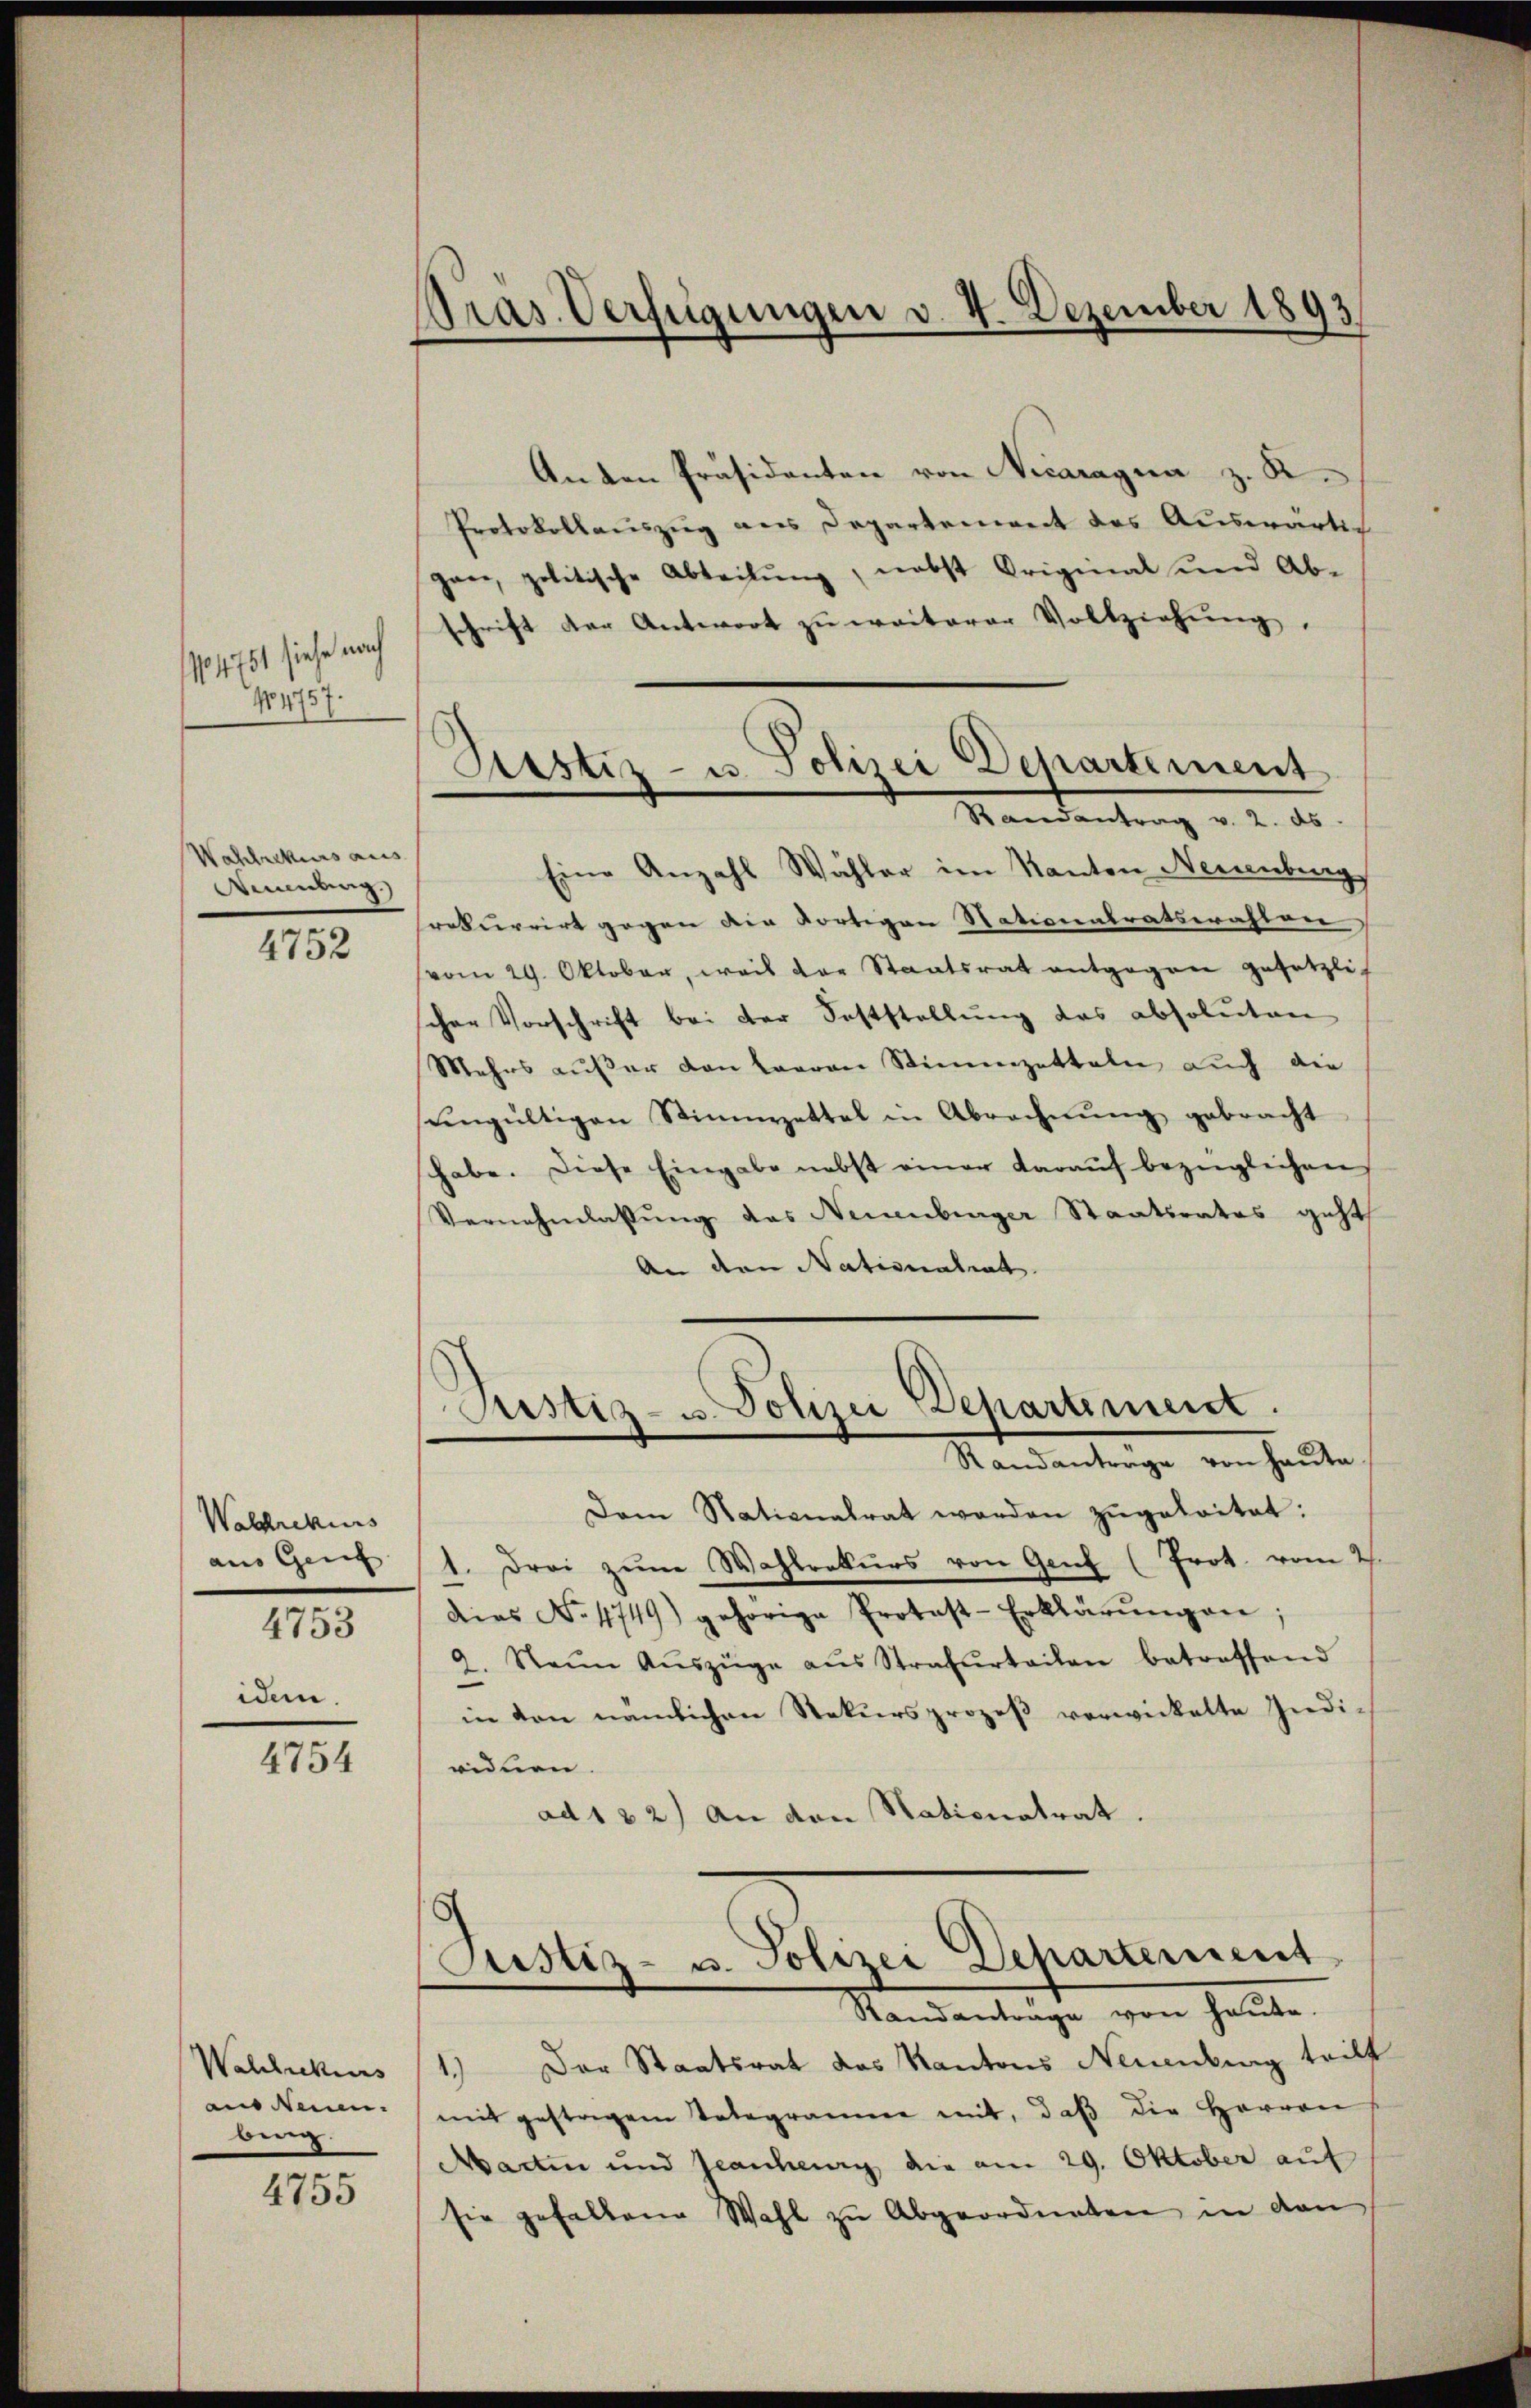
1101751 siehe nach
No 4757.

Wahlrekurs aus
Meinung.)

4752

Walchrekurs
aus Genf
4753

iden.

4754

Wahlrekurs
ain denen.
berg.
e

4755

Pras. Verfügungen v. 4. Dezember 1893

Anton Präsidenten von Nicaragua z. B.
Protokollauszug aus Departement des Auswärtig
gan, politische Abteilung, nebst Original und Ab-
schrift der Antwort zu weiterer Vollziehŭng.
Eine Anzahl Wähler im Kanton Neuenburg
rekurrirt gegen die dortigen Nationalratswahlen
(vom 29. Oktober, weis der Staatsrat entgegen gesetzlich
scher Vorschrift bei der Feststellung des absoluten
Mehrs außer von baaren Stimmzetteln auch die
ungültigen Stimmzettel in Abrechnŭng gebracht
habe. Diese Eingabe nebst einer daraŭf bezüglichen
Vernehmlassung das Neuenburger Staatsrates geht
An den Nationalrat.
Justiz- u. Polizei Departement.
Randantrage von Haŭte.
Dam Nationalrat werden zŭgeleitet:
1. drei zŭm Wahlrekŭrs von Genf (Prot. vom 2.
Dies No 4749) gehörige Protost-Erklärŭngen;
a. Neun Aŭszüge aŭs Strafurteilen betreffend
in von nämlichen Rekursprozeβ verwickelte Indi-
eidnen.
ad 122) An den Nationatrat.
5
Justiz- u. Polizei Departement
Randantrage von heute.
1.) Der Staatsrat das Kantons Neuenburg teilt
mit gestrigen Telegramme mit, daβ die Herren
Martin und Jeanheurg die am 29. Oktober auf
sie gehaltene Wahl zu Abgeordneten in dan

Ristiz- u. Polizei Departement
Randantrag v. 2. ds.